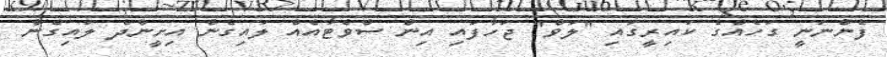
ފެންނަނީ ގަހެއްގެ ކައިރީގައި "ލަވް" ޖަހާފައި އިން ސްވެޓާއެއް ލައިގެން އިށީންދެ ލައިގެން